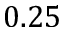
0 . 2 5